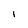
Character: I